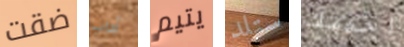
ضقت آداب يتيم ستلد اخدمك